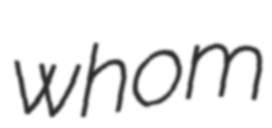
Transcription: whom